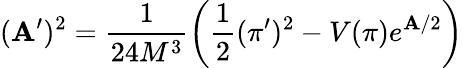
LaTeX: (\mathbf{A}^{\prime})^{2}=\frac{{1}}{{24M^{3}}}\left(\frac{{1}}{{2}}(\pi^{\prime})^{2}-V(\pi)e^{\mathbf{A}/2}\right)